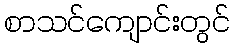
စာသင်ကျောင်းတွင်